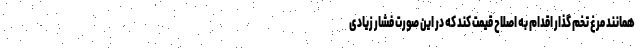
همانند مرغ تخم گذار اقدام به اصلاح قیمت کند که در این صورت فشار زیادی